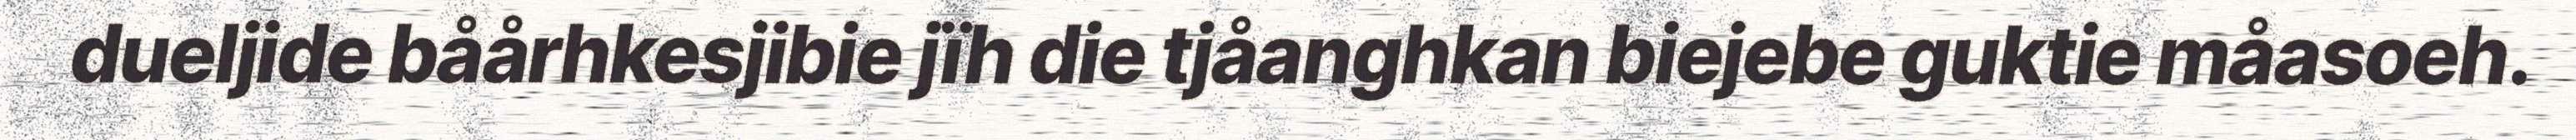
dueljide båårhkesjibie jïh die tjåanghkan biejebe guktie måasoeh.